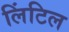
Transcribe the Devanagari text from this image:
लिंटिल